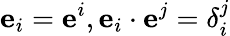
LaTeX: \mathbf{e}_{i}=\mathbf{e}^{i},\mathbf{e}_{i}\cdot\mathbf{e}^{j}=\delta_{i}^{j}